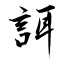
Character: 誀